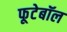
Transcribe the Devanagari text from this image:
फूटेबॉल